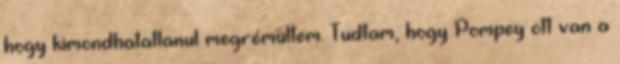
hogy kimondhatatlanul megrémültem. Tudtam, hogy Pompey ott van a